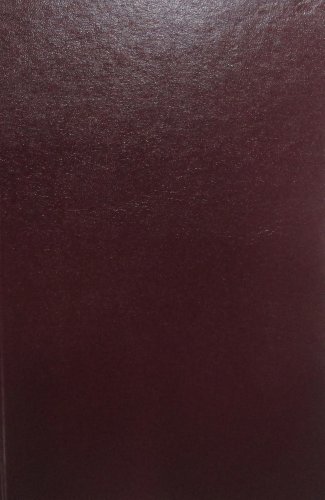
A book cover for The Companion Bible; E. W. Bullinger; Literature & Fiction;